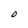
Character: O